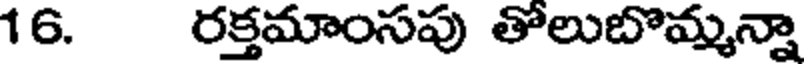
16. రక్తమాంసపు తోలుబొమ్మన్నా